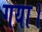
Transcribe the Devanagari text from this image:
गया।